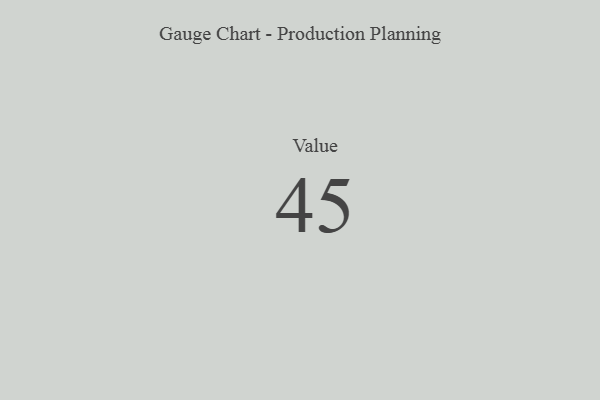
{"axis": {"x": "Metric", "y": "Value"}, "legend": [""], "data": [{"x": "Value", "y": 45, "type": ""}]}